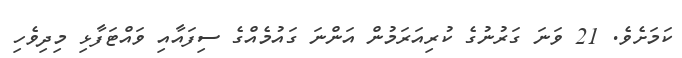
ކަމަށެވެ. 21 ވަނަ ގަރުނުގެ ކުރިއަރަމުން އަންނަ ގައުމެއްގެ ސިފައާއި ވައްޓަފާޅި މިދިވެހި